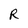
Character: R